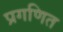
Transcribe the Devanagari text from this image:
प्रगणित